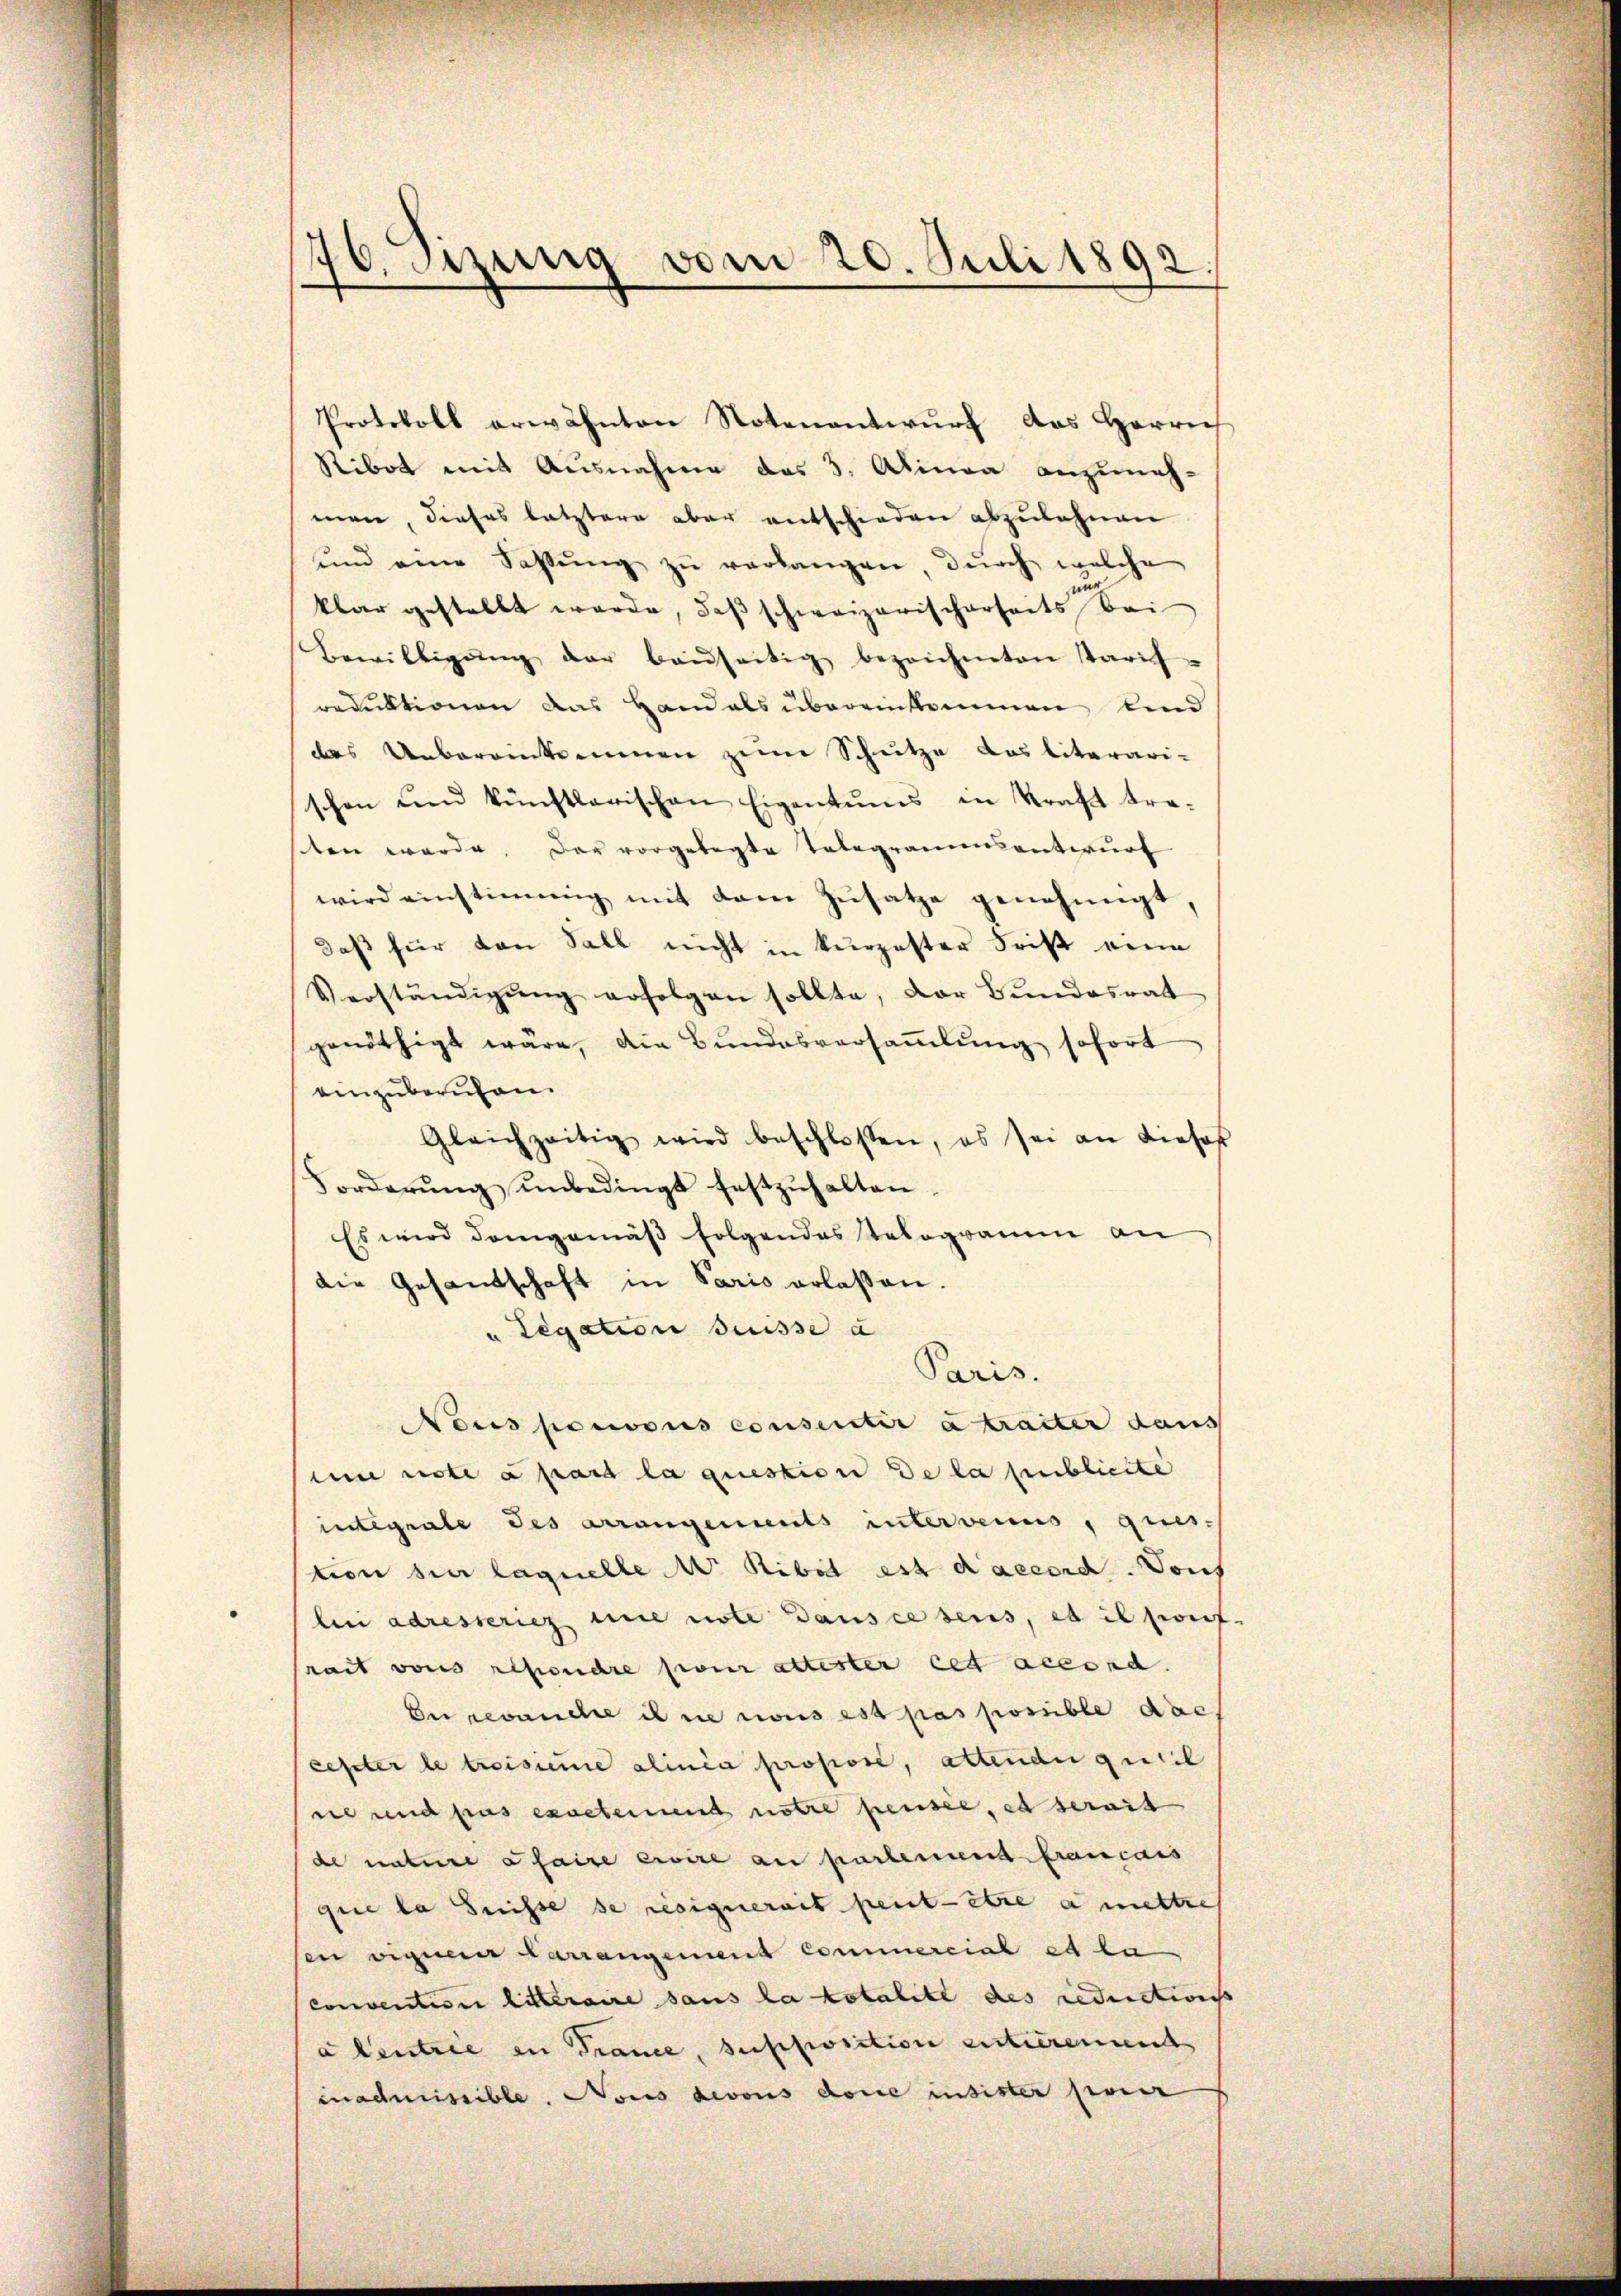
70. Setzung vom 20. Juli 1893

Protokoll erwähnten Notenantwurf das Herrech
Ribot mit Ausnahme des 3. Alina anzuneh-
man, dieses letztere aber entschieden abzulehnen
und eine Fassŭng zŭ verlangen, durch welche
klar gestellt werde, daβ schweizerischerseits bei
Bewilligŭng der baŭseitig bezeichneten Tarif-
reduktionen das Hand als übereinkommen lind
das Uebereinkommen zum Schutze das literari-
schon und künstlerischen Eigentums in Kraft tra-
ten werde. Der vorgelegte Telegrammsentwurf
wird einstimmig mit dem Zŭsatze genehmigt,
daβ für von Sall nicht in kurzester Frist eine
Verständigŭng erfolgen sollte, der Bŭndesrat
genöthigt wäre, die Bundesversammlung sofort
einzuberuhen.
Gleichzeitig wird beschlossen, es sei an dieses
Forderŭng ŭnbedingt festzŭhalten.
Es wird demgemäß folgendes Telegramm an
die Gesandtschaft in Paris erlaßen.
" Legation Suisse à
Paris.
Nous ponoous consentir a traiter dans
um note a part la question de la publicite
integrale des arrangements intervenus, ques-
tion hier laquelle M. Ribi est d’accord. Vont
 (bei adressericz nie note dans ce sens, et il soif.
heit von reseuchte pour attester cet accord.
Enrevanche il ne nous est pas possible die
cester le troisiere alinia propose, attende quil
ne und pas exactement notre pensee, es serait
de nature a faire erire au partement francais
que la Suisse se resignerait peut être a mettre
sen vignerer Carrangement commercial et la
convention bitteraire sans la totalite des reductions
à Centrie in Trance, suschriction entierenend
mnadmissible, Nous devons done insister prier